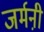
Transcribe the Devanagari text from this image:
जर्मनी़